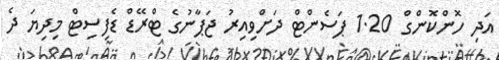
އަދި ހޮންކޮންގް 1.20 ޕަސެންޓް ދަށްވިއިރު ޖަޕާނުގެ ޓްރޭޑް ޑެފިސިޓް މިދިޔަ ދެ